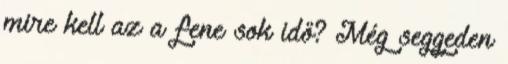
mire kell az a fene sok idő? Még seggeden